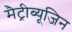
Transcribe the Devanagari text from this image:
मैट्रीब्यूजिन